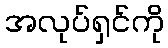
အလုပ်ရှင်ကို